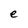
Character: e